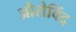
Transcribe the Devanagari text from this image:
औरोविंद